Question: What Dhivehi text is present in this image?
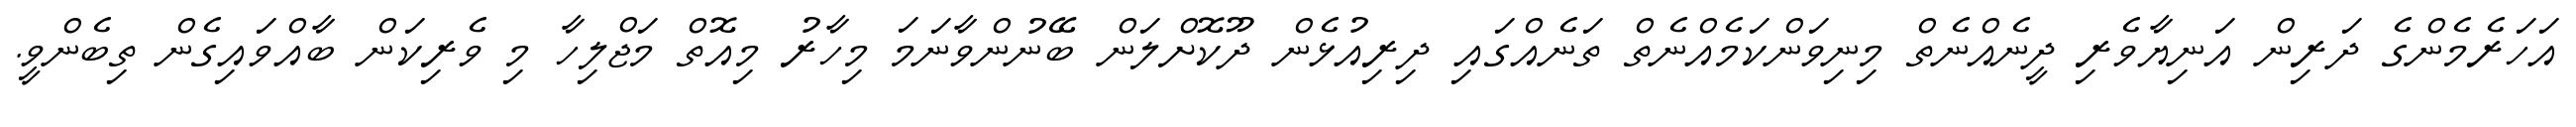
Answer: އަހަރެމެންގެ ދަރިން އަނިޔާވެރި ދީނެއްނެތް މިނިވަންކަމެއްނެތް ތަނެއްގައި ދިރިއުޅެން ދޫކޮށްލަން ބޭނުންވާނަމަ މިހާރު މިއޮތް މަޖްލިހާ މި ވެރިކަން ބާއްވައިގެން ތިބެންވީ.